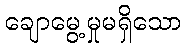
ချောမွေ့မှုမရှိသော